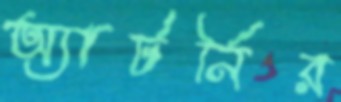
অ্যাটর্নির